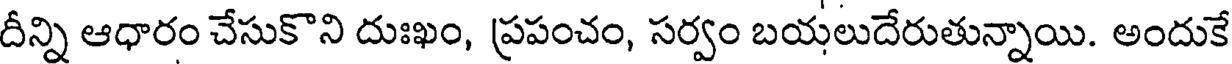
దీన్ని ఆధారం చేసుకొని దుఃఖం, ప్రపంచం, సర్వం బయలుదేరుతున్నాయి. అందుకే